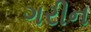
ગરીન